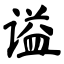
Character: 谥